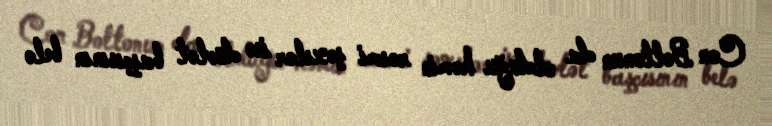
Con Boltonun da olduğu həmin rəsmi şəxslər isə dövlət başçısının belə